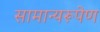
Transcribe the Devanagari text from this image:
सामान्यरूपेण